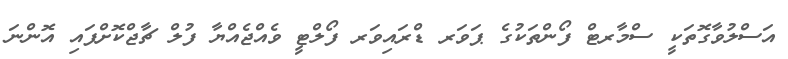
އަސްލުވާގޮތަކީ ސްމާރޓް ފޯންތަކުގެ ޕަވަރ ޑްރައިވަރ ފޯލްޓީ ވެއްޖެއްޔާ ފުލް ޗާޖްކޮށްފައި އޮންނަ